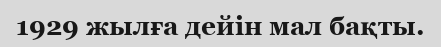
1929 жылға дейін мал бақты.